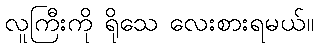
လူကြီးကို ရိုသေ လေးစားရမယ်။